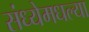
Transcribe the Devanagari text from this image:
संध्येमधल्या